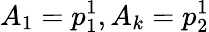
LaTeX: A_{1}=p_{1}^{1},A_{k}=p_{2}^{1}